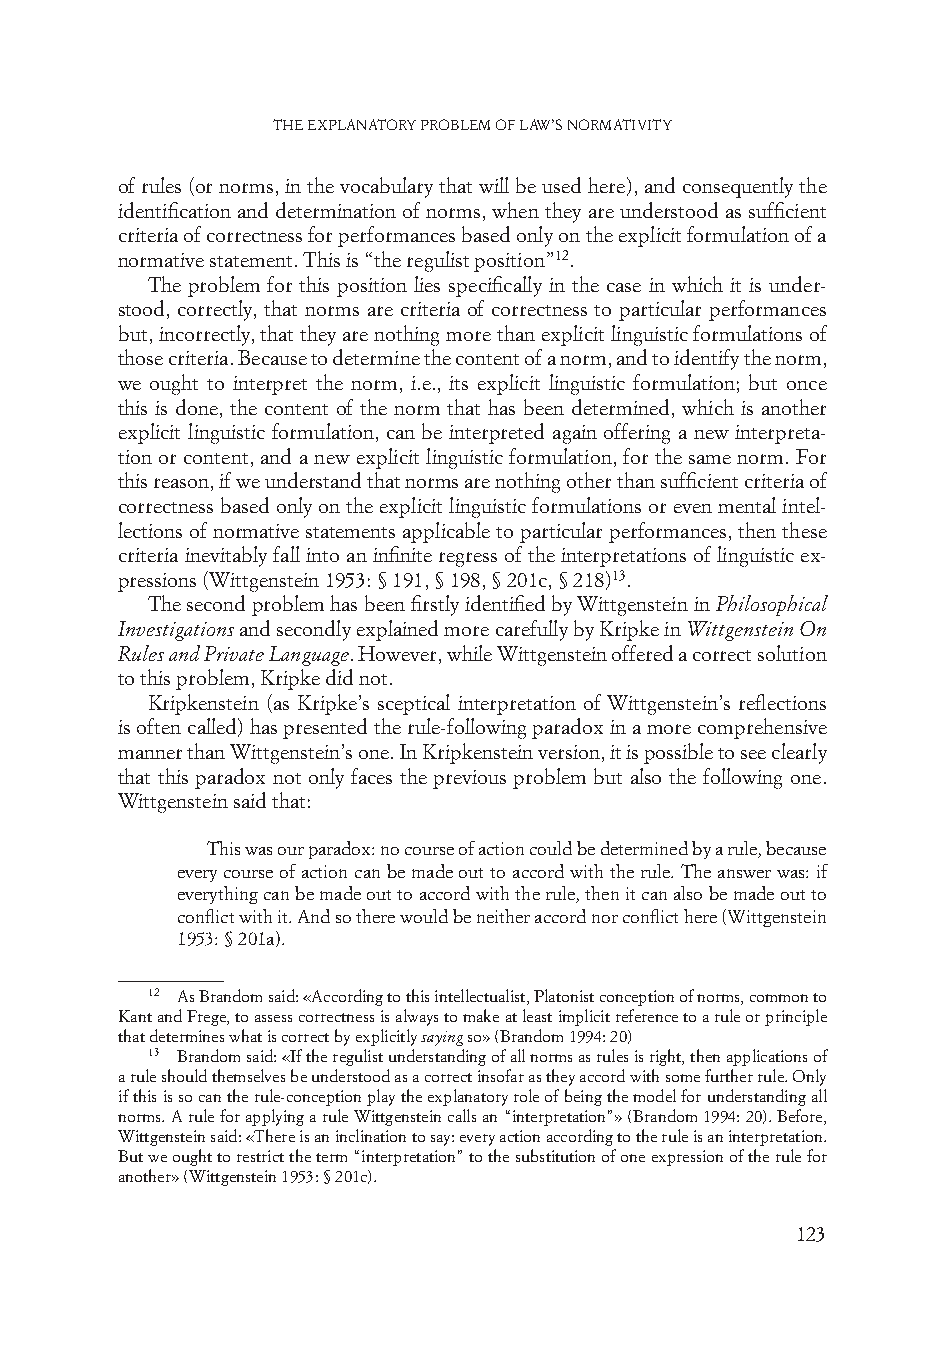
The explanaTory problem of law’s normaTiviTy
 of rules (or norms, in the vocabulary that will be used here), and consequently the
 identification and determination of norms, when they are understood as sufficient
 criteria of correctness for performances based only on the explicit formulation of a
 normative statement. This is “the regulist position”12.
 The problem for this position lies specifically in the case in which it is under-
 stood, correctly, that norms are criteria of correctness to particular performances
 but, incorrectly, that they are nothing more than explicit linguistic formulations of
 those criteria. Because to determine the content of a norm, and to identify the norm,
 we ought to interpret the norm, i.e., its explicit linguistic formulation; but once
 this is done, the content of the norm that has been determined, which is another
 explicit linguistic formulation, can be interpreted again offering a new interpreta-
 tion or content, and a new explicit linguistic formulation, for the same norm. For
 this reason, if we understand that norms are nothing other than sufficient criteria of
 correctness based only on the explicit linguistic formulations or even mental intel-
 lections of normative statements applicable to particular performances, then these
 criteria inevitably fall into an infinite regress of the interpretations of linguistic ex-
 pressions (Wittgenstein 1953: § 191, § 198, § 201c, § 218)13.
 The second problem has been firstly identified by Wittgenstein in Philosophical
 Investigations and secondly explained more carefully by Kripke in Wittgenstein On
 Rules and Private Language. However, while Wittgenstein offered a correct solution
 to this problem, Kripke did not.
 Kripkenstein (as Kripke’s sceptical interpretation of Wittgenstein’s reflections
 is often called) has presented the rule-following paradox in a more comprehensive
 manner than Wittgenstein’s one. In Kripkenstein version, it is possible to see clearly
 that this paradox not only faces the previous problem but also the following one.
 Wittgenstein said that:
 This was our paradox: no course of action could be determined by a rule, because
 every course of action can be made out to accord with the rule. The answer was: if
 everything can be made out to accord with the rule, then it can also be made out to
 conflict with it. And so there would be neither accord nor conflict here (Wittgenstein
 1953: § 201a).
 12 As Brandom said: «According to this intellectualist, Platonist conception of norms, common to
 Kant and Frege, to assess correctness is always to make at least implicit reference to a rule or principle
 that determines what is correct by explicitly saying so» (Brandom 1994: 20)
 13 Brandom said: «If the regulist understanding of all norms as rules is right, then applications of
 a rule should themselves be understood as a correct insofar as they accord with some further rule. Only
 if this is so can the rule-conception play the explanatory role of being the model for understanding all
 norms. A rule for applying a rule Wittgenstein calls an “interpretation”» (Brandom 1994: 20). Before,
 Wittgenstein said: «There is an inclination to say: every action according to the rule is an interpretation.
 But we ought to restrict the term “interpretation” to the substitution of one expression of the rule for
 another» (Wittgenstein 1953: § 201c).
 123